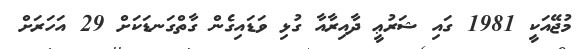
މުޖޭއަކީ 1981 ގައި ޝަރުޢީ ދާއިރާއާ ގުޅި ވަޑައިގެން ގާތްގަނޑަކަށް 29 އަހަރަށް